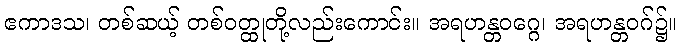
ဧကာဒသ၊ တစ်ဆယ့် တစ်ဝတ္ထုတို့လည်းကောင်း။ အရဟန္တဝဂ္ဂေ၊ အရဟန္တဝဂ်၌။